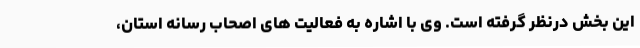
این بخش درنظر گرفته است. وی با اشاره به فعالیت ‌های اصحاب رسانه استان،